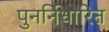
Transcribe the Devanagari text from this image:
पुनर्निधारित